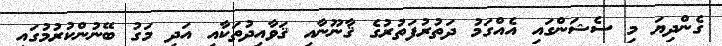
ގެންދިޔަ މި ސެޝަންގައި އެއްގަމު ދަތުރުފަތުރުގެ ޤާނޫނާއި ޤަވާއިދުތަކާއި އަދި މަގު ބޭނުންކުރުމުގައި